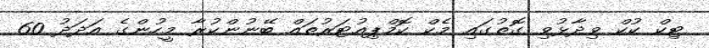
ޓިކް ކުކް ވިދާޅުވި ގޮތުގައި މެކް ކޮމްޕިއުޓަރުތައް ބޭނުންކުރާ މީހުންގެ އަދަދު 60